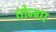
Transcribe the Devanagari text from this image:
तोन्गा